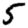
Digit: 5